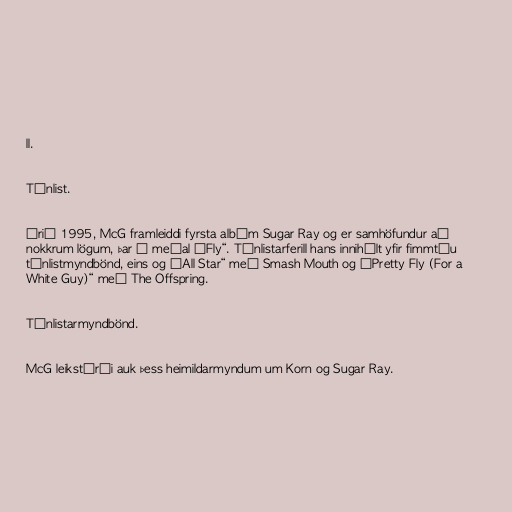
ll.

Tónlist.

Árið 1995, McG framleiddi fyrsta albúm Sugar Ray og er samhöfundur að
nokkrum lögum, þar á meðal „Fly“. Tónlistarferill hans innihélt yfir fimmtíu
tónlistmyndbönd, eins og „All Star“ með Smash Mouth og „Pretty Fly (For a
White Guy)“ með The Offspring.

Tónlistarmyndbönd.

McG leikstýrði auk þess heimildarmyndum um Korn og Sugar Ray.